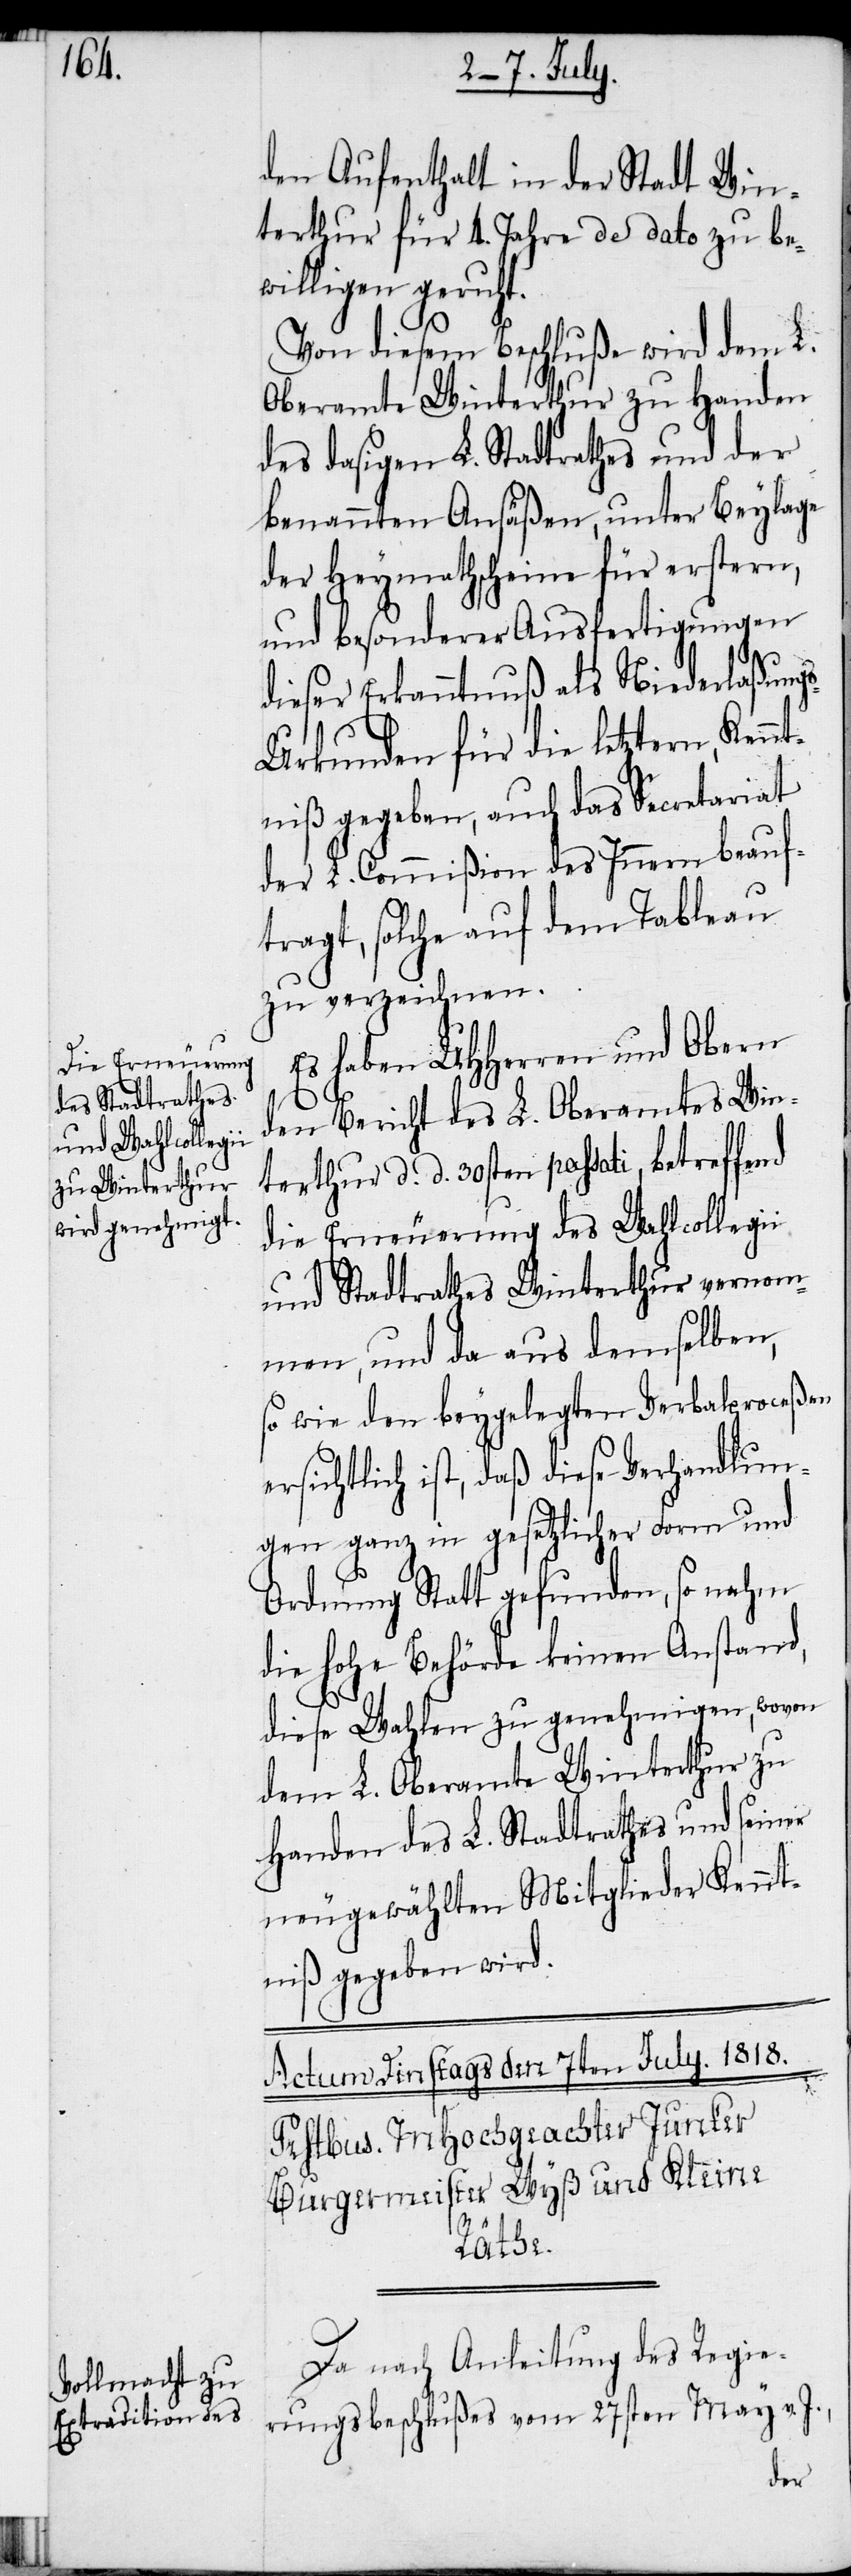
den Aufenthalt in der Stadt Win¬
terthur für 4. Jahre de dato zu be¬
willigen geruht.
Von diesem Beschluße wird dem L.
Oberamte Winterthur zu Handen
des dasigen L. Stadtrathes und der
benannten Ansäßen, unter Beylage
der Heymathscheine für erstern,
und besonderer Ausfertigungen
dieser Erkanntnuß als Niederlaßung¬
s-Urkunden für die letztern, Ken¬
ntniß gegeben, auch das Secretariat
der L. Commißion des Innern beauf¬
tragt, solche auf dem Tableau
zu verzeichnen.
Es haben UHHerren und Obern
den Bericht des L. Oberamtes Win¬
terthur d. d. 30sten passati, betreffend
die Erneuerung des Wahlcollegii
und Stadtrathes Winterthur vernom¬
men, und da aus demselben,
ersichtlich ist, daß diese Verhandlun¬
gen ganz in gesetzlicher Form und
Ordnung Statt gefunden, so nahm
die hohe Behörde keinen Anstand,
diese Wahlen zu genehmigen, wovon
dem L. Oberamte Winterthur zu
Handen des L. Stadtrathes und seiner
neugewählten Mitglieder Kennt¬
niß gegeben wird.
Da nach Anleitung des Regie¬
rungsbeschlußes vom 27sten May v. J.